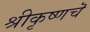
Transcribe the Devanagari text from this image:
श्रीकृष्णचॆ